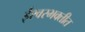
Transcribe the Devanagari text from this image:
ईश्वरभक्तीत